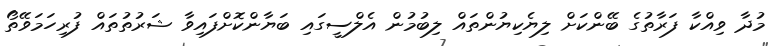
މުދާ ވިއްކާ ފަރާތުގެ ބޭންކަށް ލިޔެކިޔުންތައް ލިބުމުން އެލްސީގައި ބަޔާންކޮށްފައިވާ ޝަރުތުތައް ފުރިހަމަވޭތޯ